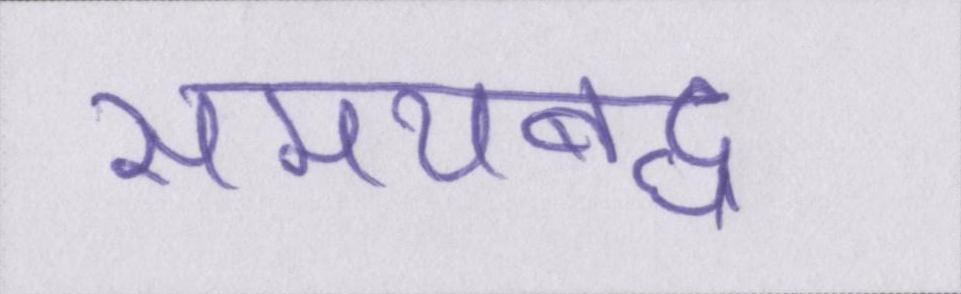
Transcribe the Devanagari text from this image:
समयबद्ध